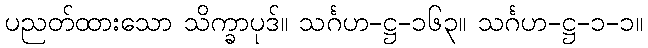
ပညတ်ထားသော သိက္ခာပုဒ်။ သင်္ဂဟ-ဋ္ဌ-၁၆၃။ သင်္ဂဟ-ဋ္ဌ-၁-၁။